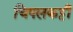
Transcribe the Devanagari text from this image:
चिपलकट्टी